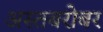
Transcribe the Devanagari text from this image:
अस्तबरोबर